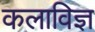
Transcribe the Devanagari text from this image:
कलाविज्ञ